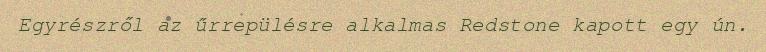
Egyrészről az űrrepülésre alkalmas Redstone kapott egy ún.